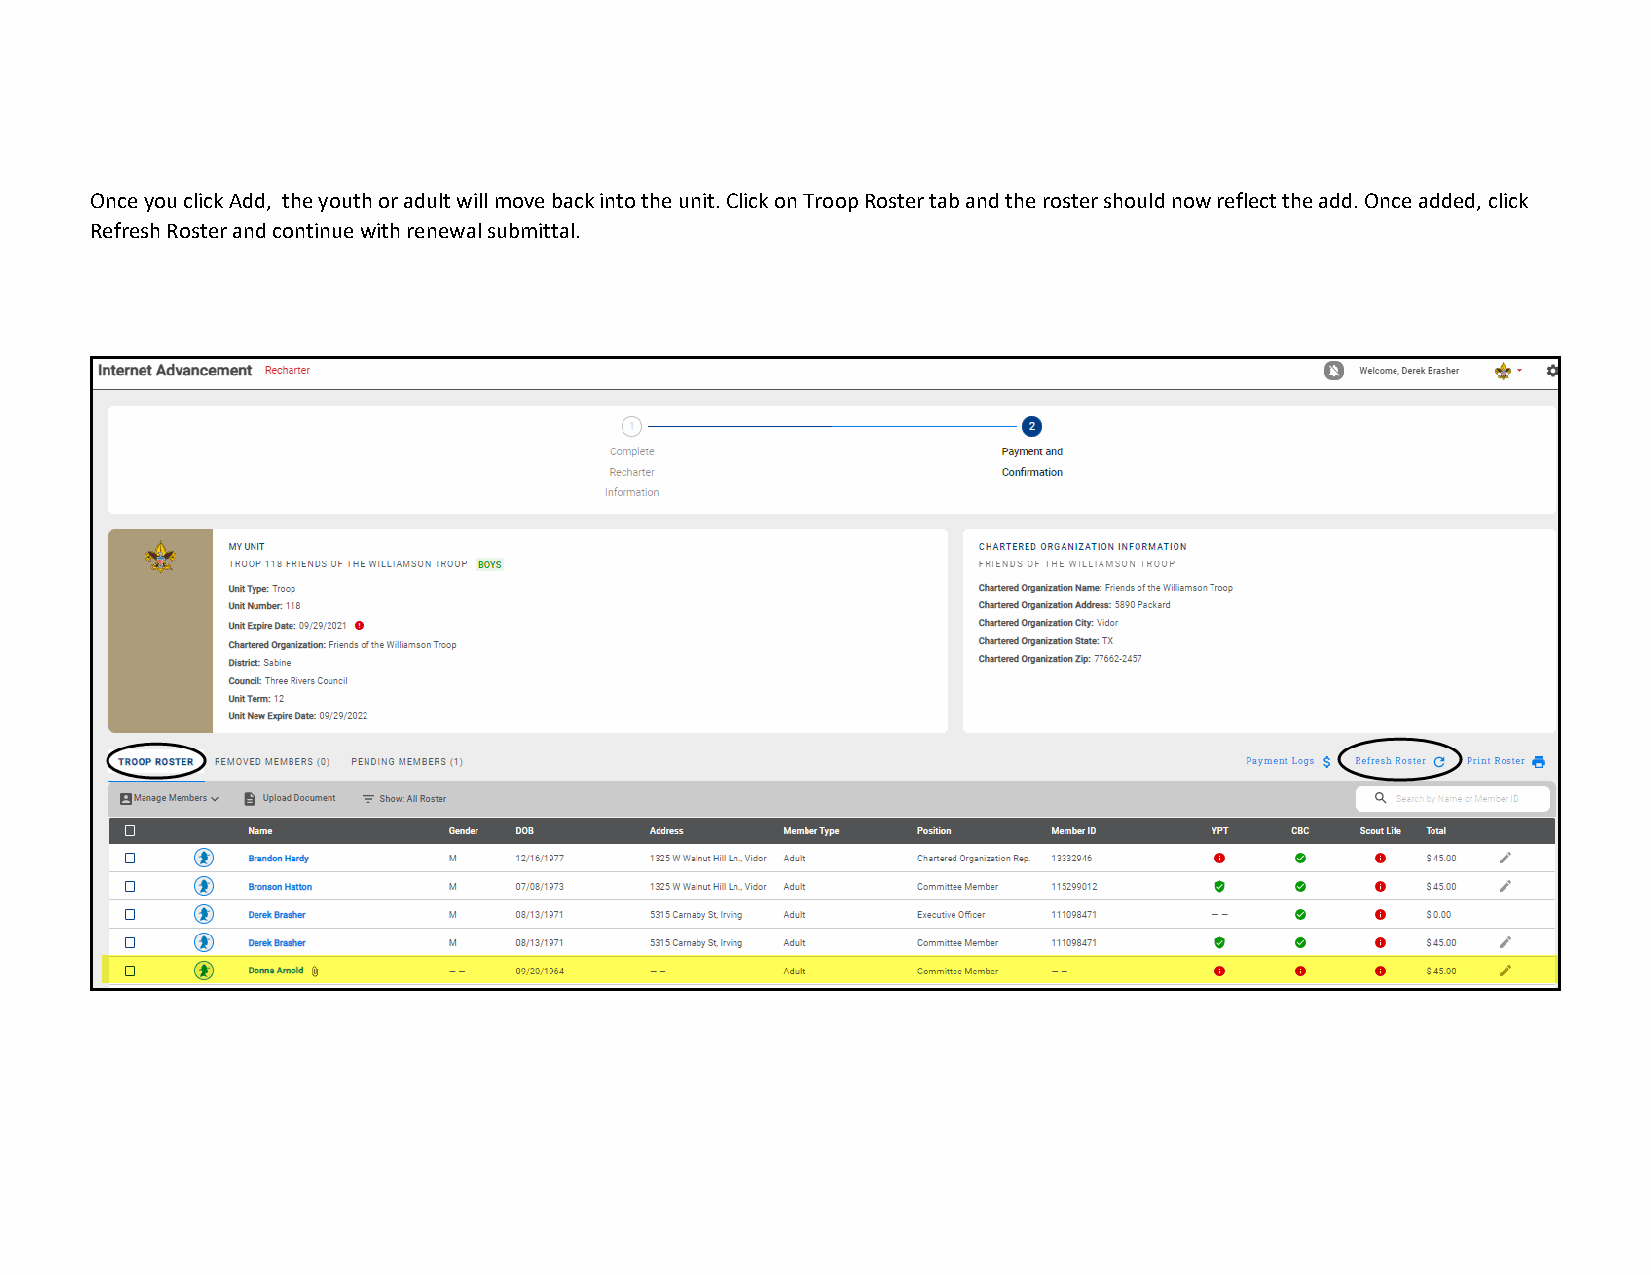
Once you click Add, the youth or adult will move back into the unit. Click on Troop Roster tab and the roster should now reflect the add. Once added, click
 Refresh Roster and continue with renewal submittal.